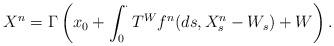
LaTeX: \begin{align*} X^n = \Gamma \left(x_0 + \int_0^{\cdot}T^W f^n(ds, X^n_s - W_s) + W \right).\end{align*}